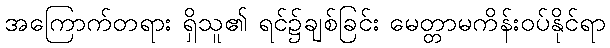
အကြောက်တရား ရှိသူ၏ ရင်၌ချစ်ခြင်း မေတ္တာမကိန်းဝပ်နိုင်ရာ